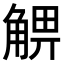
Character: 𧤃